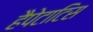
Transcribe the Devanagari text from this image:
हैपेटाटिस